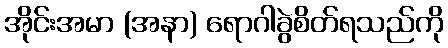
အိုင်းအမာ (အနာ) ရောဂါခွဲစိတ်ရသည်ကို